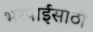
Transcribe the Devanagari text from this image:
भरपाईसाठी